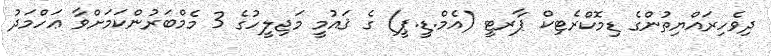
ދިވެހިރައްޔިތުންގެ ޑިމޮކްރެޓިކް ޕާރޓީ (އެމް.ޑީ.ޕީ) ގެ ޤައުމީ މަޖިލީހުގެ 3 މެމްބަރުންކަމަށްވާ ޢަހްމަދު